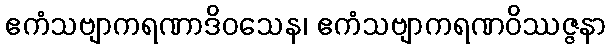
ဧကံသဗျာကရဏာဒိဝသေန၊ ဧကံသဗျာကရဏဝိဿဇ္ဇနာ